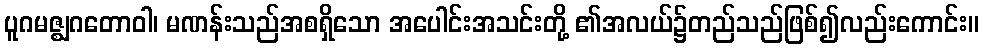
ပူဂမဇ္ဈဂတောဝါ၊ မဏန်းသည်အစရှိသော အပေါင်းအသင်းတို့ ၏အလယ်၌တည်သည်ဖြစ်၍လည်းကောင်း။